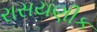
રાસયણીક